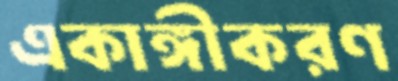
একাঙ্গীকরণ